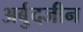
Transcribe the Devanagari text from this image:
अर्बुदजीन